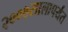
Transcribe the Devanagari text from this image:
२००७सालापर्यंत